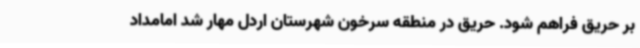
بر حریق فراهم شود. حریق در منطقه سرخون شهرستان اردل مهار شد امامداد